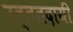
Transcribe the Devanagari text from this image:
उत्ततदायी